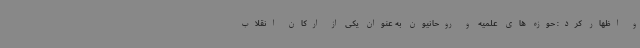
و اظهار کرد: حوزه های علمیه و روحانیون به عنوان یکی از ارکان انقلاب